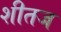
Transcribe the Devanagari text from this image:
शीतज